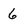
Character: 6